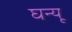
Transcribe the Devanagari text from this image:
घन्यू